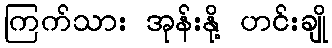
ကြက်သား အုန်းနို့ ဟင်းချို